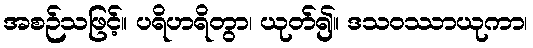
အစဉ်သဖြင့်။ ပရိဟရိတွာ၊ ယုတ်၍။ ဒသဝဿာယုကာ၊